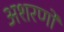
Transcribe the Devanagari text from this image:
अशरणो